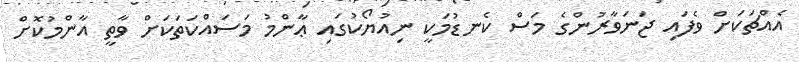
އެއްޗަކަށް ވެފައި ޖަނަވާރުންގެ މަސް ކެނޑުމަކީ ނިއުޔޯކުގައި ޢާންމު މަސައްކަތަކަށް ވާތީ އާންމުކޮށް